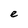
Character: e